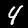
Digit: 4